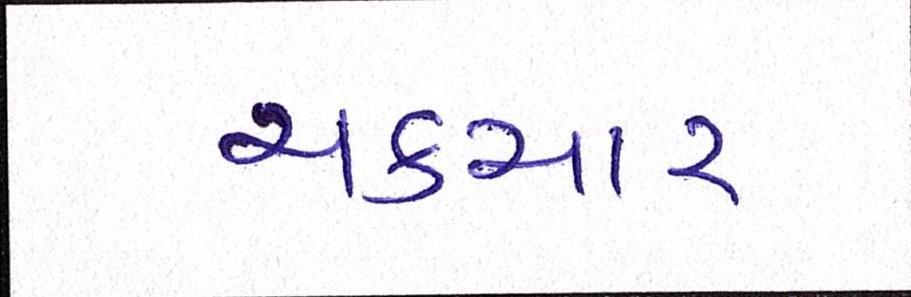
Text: ચકચાર